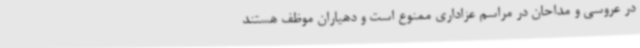
در عروسی و مداحان در مراسم عزاداری ممنوع است و دهیاران موظف هستند